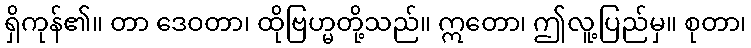
ရှိကုန်၏။ တာ ဒေဝတာ၊ ထိုဗြဟ္မတို့သည်။ ဣတော၊ ဤလူ့ပြည်မှ။ စုတာ၊